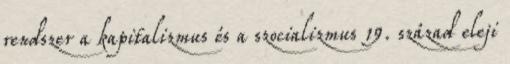
rendszer a kapitalizmus és a szocializmus 19. század eleji